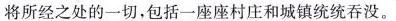
将所经之处的一切，包括一座座村庄和城镇统统吞没。